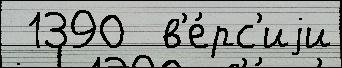
 1390  в'е́рс'иjи